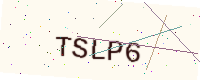
Text: TSLP6